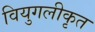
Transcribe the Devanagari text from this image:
वियुगलीकृत